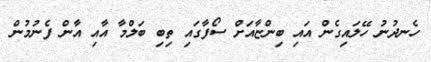
ހެނދުނު ހޭލައިގެން އައި ބިންޏާއަށް ސޯފާގައި ތިބި ބަލްމާ އާއި އާން ފެނުމުން